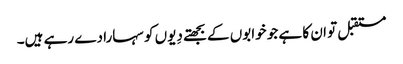
مستقبل تو ان کا ہے جو خوابوں کے بجھتے دِیوں کو سہارا دے رہے ہیں۔